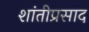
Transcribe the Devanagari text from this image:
शांतीप्रसाद